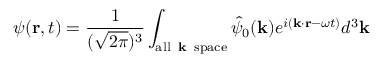
\psi ( \mathbf { r } , t ) = { \frac { 1 } { ( { \sqrt { 2 \pi } } ) ^ { 3 } } } \int _ { \mathrm { a l l \, { \textbf { k } } \, s p a c e } } { \hat { \psi } } _ { 0 } ( \mathbf { k } ) e ^ { i ( \mathbf { k } \cdot \mathbf { r } - \omega t ) } d ^ { 3 } \mathbf { k }